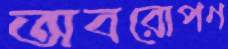
অবরোপণ